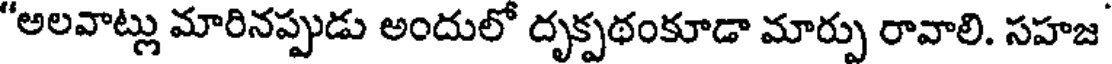
"అలవాట్లు మారినప్పుడు అందులో దృక్పథంకూడా మార్పు రావాలి. సహజ